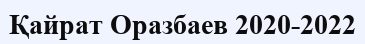
Қайрат Оразбаев 2020-2022